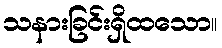
သနားခြင်းရှိထသော။